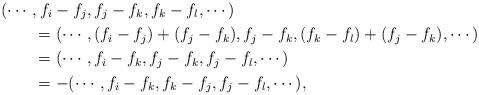
LaTeX: \begin{align*}&(\cdots,f_i-f_j,f_j-f_k,f_k-f_l,\cdots) \\&\qquad= (\cdots,(f_i-f_j)+(f_j-f_k),f_j-f_k,(f_k-f_l)+(f_j-f_k),\cdots) \\&\qquad= (\cdots,f_i-f_k,f_j-f_k,f_j-f_l,\cdots) \\&\qquad= -(\cdots,f_i-f_k,f_k-f_j,f_j-f_l,\cdots),\end{align*}